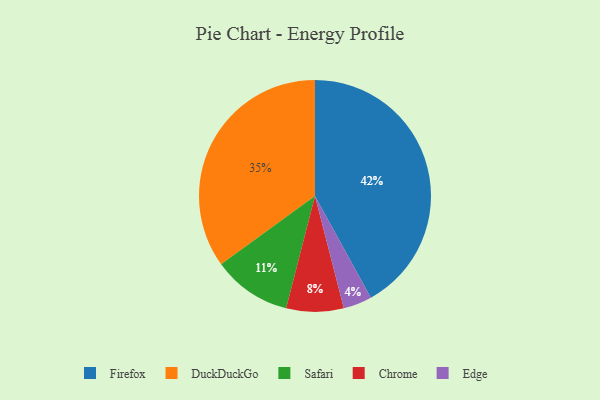
{"axis": {"x": "Category", "y": "Percentage"}, "legend": ["Chrome", "DuckDuckGo", "Edge", "Firefox", "Safari"], "data": [{"x": "Firefox", "y": 42, "type": "Firefox"}, {"x": "Chrome", "y": 8, "type": "Chrome"}, {"x": "Edge", "y": 4, "type": "Edge"}, {"x": "DuckDuckGo", "y": 35, "type": "DuckDuckGo"}, {"x": "Safari", "y": 11, "type": "Safari"}]}